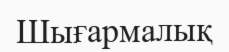
Шығармалық